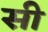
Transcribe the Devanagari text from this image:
सी